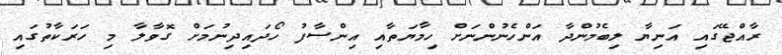
ރާއްޖޭގައި އަނިޔާ ލިބެމުންދާ އަންހެނުންނަށް ހިމާޔަތާއި އިންސާފު ހޯދައިދިނުމަށް ގޮވާލާ މި ހަރަކާތުގައި